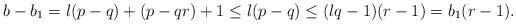
LaTeX: \begin{align*} b-b_1 = l(p-q) + (p-qr) + 1 \leq l(p-q) \leq (lq-1)(r-1) = b_1(r-1). \end{align*}